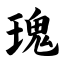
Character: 瑰